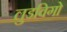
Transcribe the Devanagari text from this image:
लुडविगो